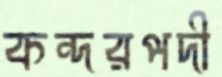
কন্দরপদী